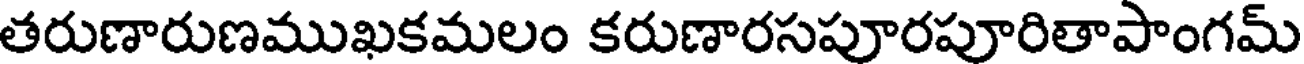
తరుణారుణముఖకమలం కరుణారసపూరపూరితాపాంగమ్